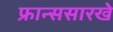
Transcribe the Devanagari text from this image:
फ्रान्ससारखे